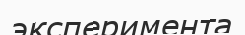
эксперимента